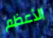
الأعظم